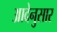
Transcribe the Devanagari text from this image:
आदेनुसार